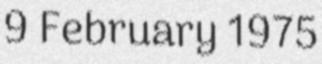
9 February 1975